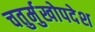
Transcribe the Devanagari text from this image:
चतुर्मुखोपदेश